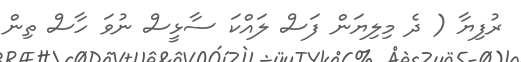
ރުފިޔާ ( ދެ މިލިޔަން ފަސް ލައްކަ ސާޅީސް ނުވަ ހާސް ތިން